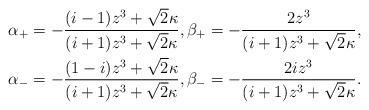
LaTeX: \begin{align*} \alpha_{+} &= -\frac{(i-1)z^{3}+\sqrt{2}\kappa}{(i+1)z^{3}+\sqrt{2}\kappa}, \beta_{+} = -\frac{2z^{3}}{(i+1)z^{3}+\sqrt{2}\kappa} ,\\ \alpha_{-} &= -\frac{(1-i)z^{3}+\sqrt{2}\kappa}{(i+1)z^{3}+\sqrt{2}\kappa}, \beta_{-} = -\frac{2iz^{3}}{(i+1)z^{3}+\sqrt{2}\kappa} .\end{align*}